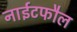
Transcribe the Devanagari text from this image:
नाईटफौल